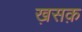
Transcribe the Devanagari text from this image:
ख़सक़